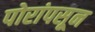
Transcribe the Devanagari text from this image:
पोरांपसून